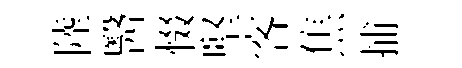
陸醫惙堅客焦捕